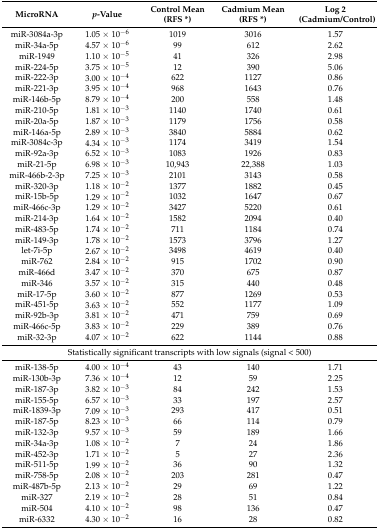
<table><thead><tr><td><b>MicroRNA</b></td><td><b><i>p</i>-Value</b></td><td><b>Control Mean (RFS *)</b></td><td><b>Cadmium Mean (RFS *)</b></td><td><b>Log 2 (Cadmium/Control)</b></td></tr></thead><tbody><tr><td>miR-3084a-3p</td><td>1.05 × 10<sup>−6</sup></td><td>1019</td><td>3016</td><td>1.57</td></tr><tr><td>miR-34a-5p</td><td>4.57 × 10<sup>−6</sup></td><td>99</td><td>612</td><td>2.62</td></tr><tr><td>miR-1949</td><td>1.10 × 10<sup>−5</sup></td><td>41</td><td>326</td><td>2.98</td></tr><tr><td>miR-224-5p</td><td>3.75 × 10<sup>−5</sup></td><td>12</td><td>390</td><td>5.06</td></tr><tr><td>miR-222-3p</td><td>3.00 × 10<sup>−4</sup></td><td>622</td><td>1127</td><td>0.86</td></tr><tr><td>miR-221-3p</td><td>3.95 × 10<sup>−4</sup></td><td>968</td><td>1643</td><td>0.76</td></tr><tr><td>miR-146b-5p</td><td>8.79 × 10<sup>−4</sup></td><td>200</td><td>558</td><td>1.48</td></tr><tr><td>miR-210-5p</td><td>1.81 × 10<sup>−3</sup></td><td>1140</td><td>1740</td><td>0.61</td></tr><tr><td>miR-20a-5p</td><td>1.87 × 10<sup>−3</sup></td><td>1179</td><td>1756</td><td>0.58</td></tr><tr><td>miR-146a-5p</td><td>2.89 × 10<sup>−3</sup></td><td>3840</td><td>5884</td><td>0.62</td></tr><tr><td>miR-3084c-3p</td><td>4.34 × 10<sup>−3</sup></td><td>1174</td><td>3419</td><td>1.54</td></tr><tr><td>miR-92a-3p</td><td>6.52 × 10<sup>−3</sup></td><td>1083</td><td>1926</td><td>0.83</td></tr><tr><td>miR-21-5p</td><td>6.98 × 10<sup>−3</sup></td><td>10,943</td><td>22,388</td><td>1.03</td></tr><tr><td>miR-466b-2-3p</td><td>7.25 × 10<sup>−3</sup></td><td>2101</td><td>3143</td><td>0.58</td></tr><tr><td>miR-320-3p</td><td>1.18 × 10<sup>−2</sup></td><td>1377</td><td>1882</td><td>0.45</td></tr><tr><td>miR-15b-5p</td><td>1.29 × 10<sup>−2</sup></td><td>1032</td><td>1647</td><td>0.67</td></tr><tr><td>miR-466c-3p</td><td>1.29 × 10<sup>−2</sup></td><td>3427</td><td>5220</td><td>0.61</td></tr><tr><td>miR-214-3p</td><td>1.64 × 10<sup>−2</sup></td><td>1582</td><td>2094</td><td>0.40</td></tr><tr><td>miR-483-5p</td><td>1.74 × 10<sup>−2</sup></td><td>711</td><td>1184</td><td>0.74</td></tr><tr><td>miR-149-3p</td><td>1.78 × 10<sup>−2</sup></td><td>1573</td><td>3796</td><td>1.27</td></tr><tr><td>let-7i-5p</td><td>2.67 × 10<sup>−2</sup></td><td>3498</td><td>4619</td><td>0.40</td></tr><tr><td>miR-762</td><td>2.84 × 10<sup>−2</sup></td><td>915</td><td>1702</td><td>0.90</td></tr><tr><td>miR-466d</td><td>3.47 × 10<sup>−2</sup></td><td>370</td><td>675</td><td>0.87</td></tr><tr><td>miR-346</td><td>3.57 × 10<sup>−2</sup></td><td>315</td><td>440</td><td>0.48</td></tr><tr><td>miR-17-5p</td><td>3.60 × 10<sup>−2</sup></td><td>877</td><td>1269</td><td>0.53</td></tr><tr><td>miR-451-5p</td><td>3.63 × 10<sup>−2</sup></td><td>552</td><td>1177</td><td>1.09</td></tr><tr><td>miR-92b-3p</td><td>3.81 × 10<sup>−2</sup></td><td>471</td><td>759</td><td>0.69</td></tr><tr><td>miR-466c-5p</td><td>3.83 × 10<sup>−2</sup></td><td>229</td><td>389</td><td>0.76</td></tr><tr><td>miR-32-3p</td><td>4.07 × 10<sup>−2</sup></td><td>622</td><td>1144</td><td>0.88</td></tr><tr><td colspan="5">Statistically significant transcripts with low signals (signal &lt; 500)</td></tr><tr><td>miR-138-5p</td><td>4.00 × 10<sup>−4</sup></td><td>43</td><td>140</td><td>1.71</td></tr><tr><td>miR-130b-3p</td><td>7.36 × 10<sup>−4</sup></td><td>12</td><td>59</td><td>2.25</td></tr><tr><td>miR-187-3p</td><td>3.82 × 10<sup>−3</sup></td><td>84</td><td>242</td><td>1.53</td></tr><tr><td>miR-155-5p</td><td>6.57 × 10<sup>−3</sup></td><td>33</td><td>197</td><td>2.57</td></tr><tr><td>miR-1839-3p</td><td>7.09 × 10<sup>−3</sup></td><td>293</td><td>417</td><td>0.51</td></tr><tr><td>miR-187-5p</td><td>8.23 × 10<sup>−3</sup></td><td>66</td><td>114</td><td>0.79</td></tr><tr><td>miR-132-3p</td><td>9.57 × 10<sup>−3</sup></td><td>59</td><td>189</td><td>1.66</td></tr><tr><td>miR-34a-3p</td><td>1.08 × 10<sup>−2</sup></td><td>7</td><td>24</td><td>1.86</td></tr><tr><td>miR-452-3p</td><td>1.71 × 10<sup>−2</sup></td><td>5</td><td>27</td><td>2.36</td></tr><tr><td>miR-511-5p</td><td>1.99 × 10<sup>−2</sup></td><td>36</td><td>90</td><td>1.32</td></tr><tr><td>miR-758-5p</td><td>2.08 × 10<sup>−2</sup></td><td>203</td><td>281</td><td>0.47</td></tr><tr><td>miR-487b-5p</td><td>2.13 × 10<sup>−2</sup></td><td>29</td><td>69</td><td>1.22</td></tr><tr><td>miR-327</td><td>2.19 × 10<sup>−2</sup></td><td>28</td><td>51</td><td>0.84</td></tr><tr><td>miR-504</td><td>4.10 × 10<sup>−2</sup></td><td>98</td><td>136</td><td>0.47</td></tr><tr><td>miR-6332</td><td>4.30 × 10<sup>−2</sup></td><td>16</td><td>28</td><td>0.82</td></tr></tbody></table>